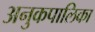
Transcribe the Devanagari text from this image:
अनुकपालिका